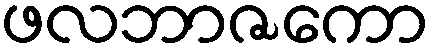
ဖလဘာဇကော